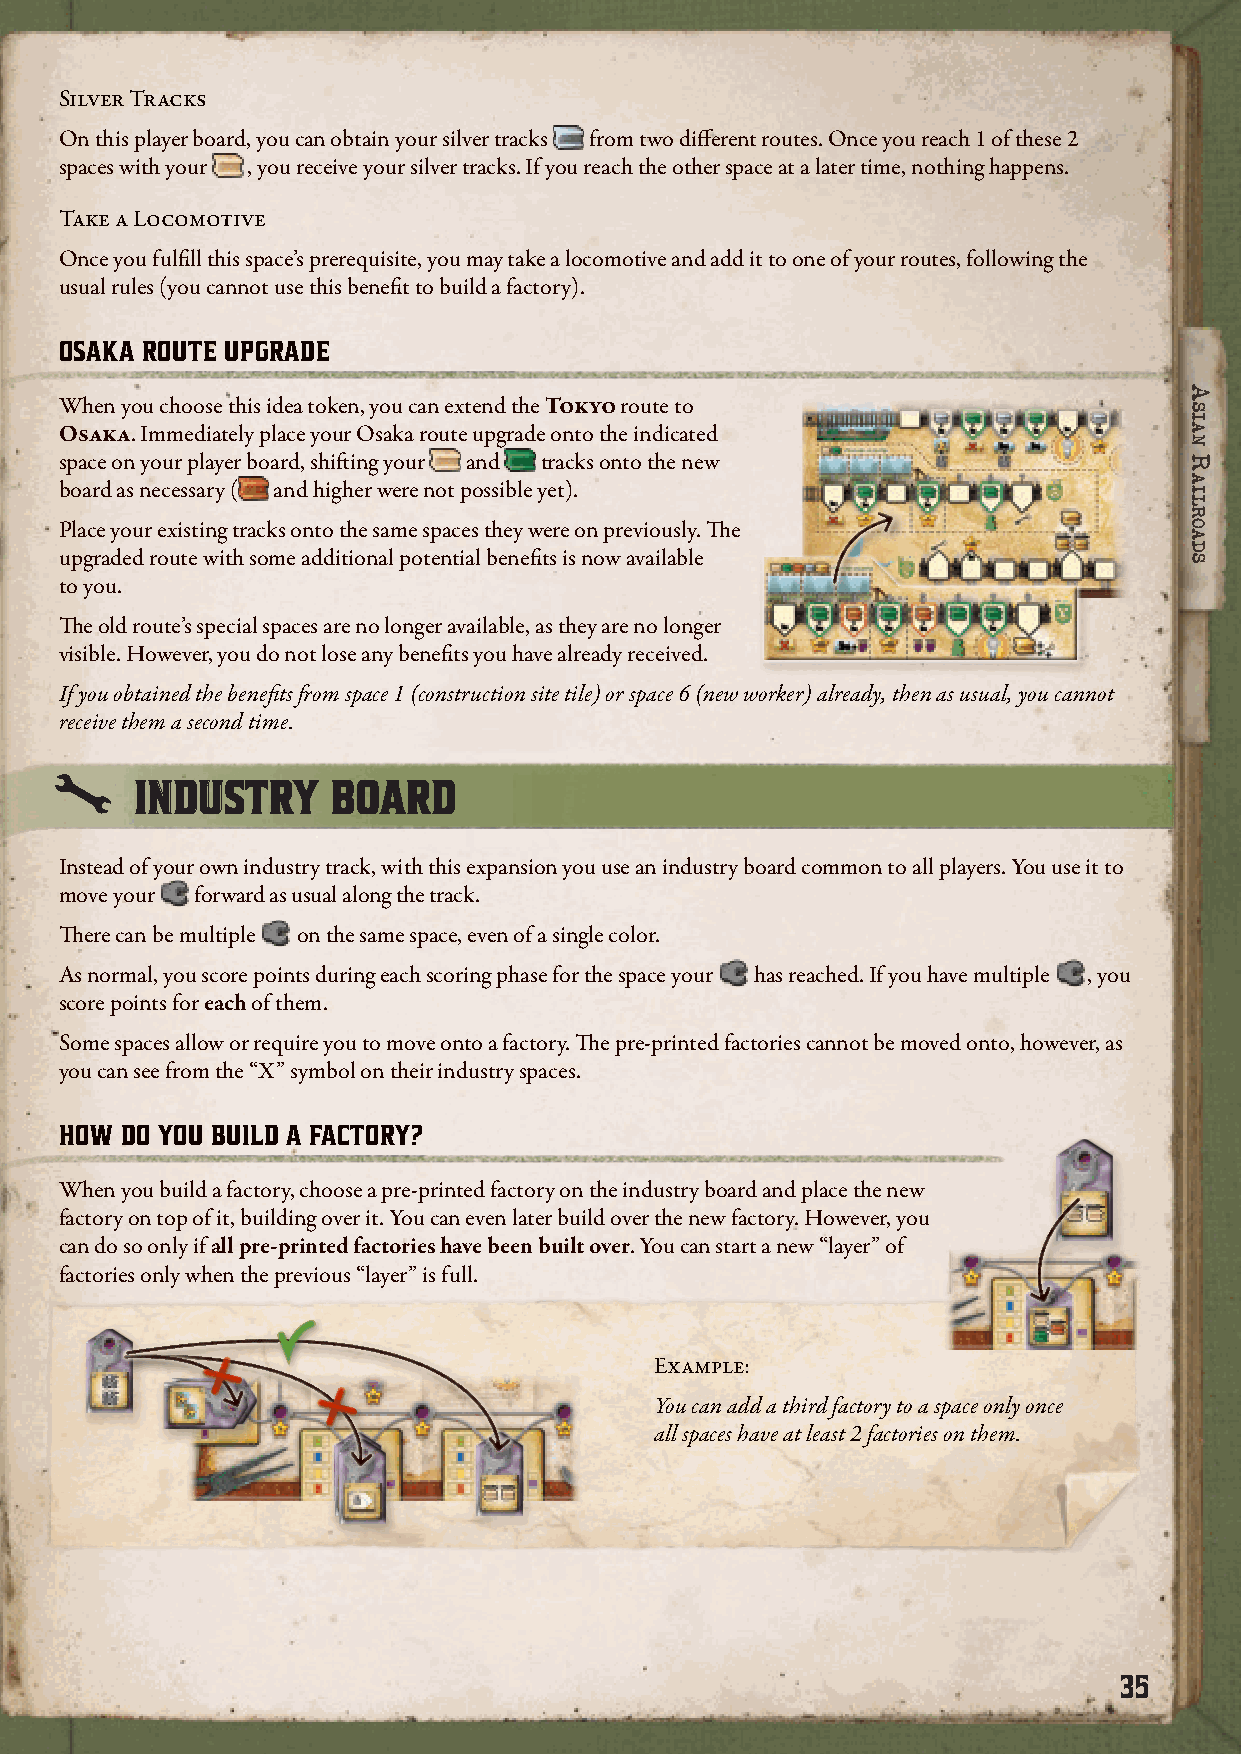
Silver Tracks
 On this player board, you can obtain your silver tracks from two different routes. Once you reach 1 of these 2
 spaces with your , you receive your silver tracks. If you reach the other space at a later time, nothing happens.
 Take a Locomotive
 Once you fulfill this space’s prerequisite, you may take a locomotive and add it to one of your routes, following the
 usual rules (you cannot use this benefit to build a factory).
 OSAKA ROUTE UPGRADE
 When you choose this idea token, you can extend the Tokyo route to
 Osaka. Immediately place your Osaka route upgrade onto the indicated
 space on your player board, shifting your and tracks onto the new
 board as necessary ( and higher were not possible yet).
 Place your existing tracks onto the same spaces they were on previously. The
 upgraded route with some additional potential benefits is now available
 to you.
 The old route’s special spaces are no longer available, as they are no longer
 visible. However, you do not lose any benefits you have already received.
 If you obtained the benefits from space 1 (construction site tile) or space 6 (new worker) already, then as usual, you cannot
 receive them a second time.
 IINNDDUUSSTTRRYY BBOOAARRDD
 Instead of your own industry track, with this expansion you use an industry board common to all players. You use it to
 move your forward as usual along the track.
 The Asian player board also shows 3 routes, named for their starting stations. At the top is the Beijing route, then There can be multiple on the same space, even of a single color.
 the Seoul route, then the Tokyo route.
 As normal, you score points during each scoring phase for the space your has reached. If you have multiple , you
 score points for each of them.
 CONSTRUCTION SITE TOKENS
 Some spaces allow or require you to move onto a factory. The pre-printed factories cannot be moved onto, however, as
 you can see from the “X” symbol on their industry spaces.
 You can have up to 3 locomotives on the Beijing route, and up to 2 on the Seoul
 route. The pre-printed spaces for additional locomotives on these routes are not
 HOW DO YOU BUILD A FACTORY?
 available at the start of the game, though, because they are blocked by the construction
 site tokens on them.
 When you build a factory, choose a pre-printed factory on the industry board and place the new
 Once you reach certain special spaces, such as Tokyo space 1, you must immediately remove the
 factory on top of it, building over it. You can even later build over the new factory. However, you
 construction site token of your choice from your player board, returning it to the box. After this,
 can do so only if all pre-printed factories have been built over. You can start a new “layer” of
 you can place a locomotive on the empty space.
 factories only when the previous “layer” is full.
 When you remove a construction site token, you receive either 1 industry step or 1 coin.
 OTHER BENEFITS                             Example:
 You can add a third factory to a space only once
 There are many special spaces on this player board that have various different prerequisites. Many of them are
 all spaces have at least 2 factories on them.
 recognizable from the base game.
 Bonus Points
 As in the base game, there are special spaces worth bonus points. Once you fulfill the prerequisite for one
 of these spaces, you score the points shown on that spaces during all subsequent scoring phases. Points
 are cumulative for each route.
 35
 AAssiiAAnn
 RRAAiillRRooAAddss